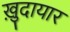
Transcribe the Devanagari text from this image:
ख़ुदायार